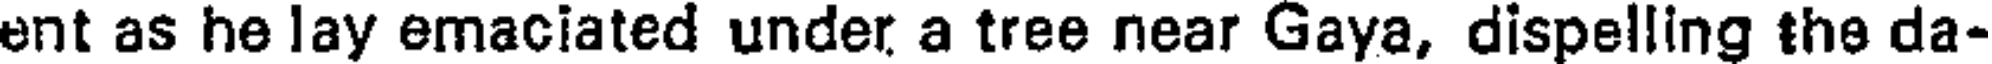
ent as he lay emaciated under a tree near Gaya, dispelling the da-